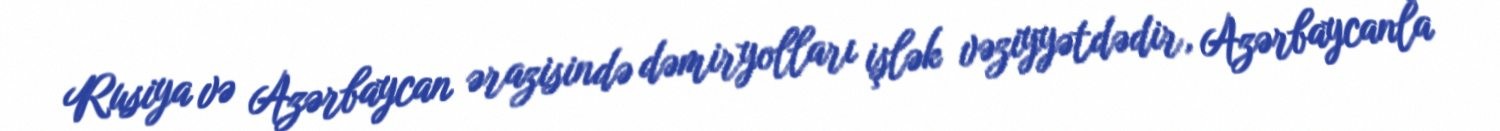
Rusiya və Azərbaycan ərazisində dəmiryolları işlək vəziyyətdədir, Azərbaycanla